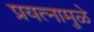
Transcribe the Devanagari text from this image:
प्रयत्‍नामुळे